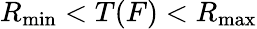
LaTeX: R_{\mathrm{min}}<T(F)<R_{\mathrm{max}}